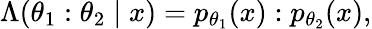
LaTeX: \Lambda(\theta_{1}:\theta_{2}\mid x)=p_{\theta_{1}}(x):p_{\theta_{2}}(x),